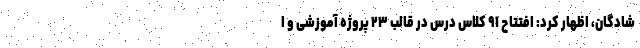
شادگان، اظهار کرد: افتتاح ۹۱ کلاس درس در قالب ۲۳ پروژه آموزشی و ا